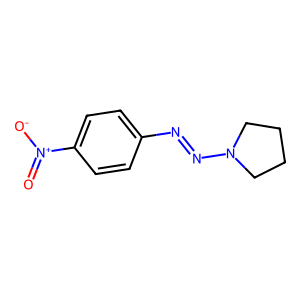
SMILES: O=[N+]([O-])c1ccc(N=NN2CCCC2)cc1
Inhibits HIV replication: No